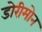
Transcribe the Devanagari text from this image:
डोरीमोन